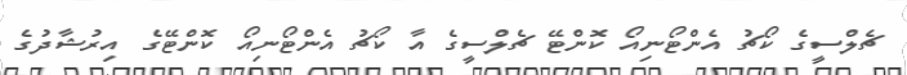
ޗެލްސީގެ ކޯޗު އެންޓޯނިއޯ ކޮންޓޭ ޗެލްސީގެ އާ ކޯޗު އެންޓޯނިއޯ ކޮންޓޭގެ އިރުޝާދުގެ